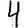
Digit: 4